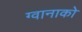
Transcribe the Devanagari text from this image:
ग्वानाको